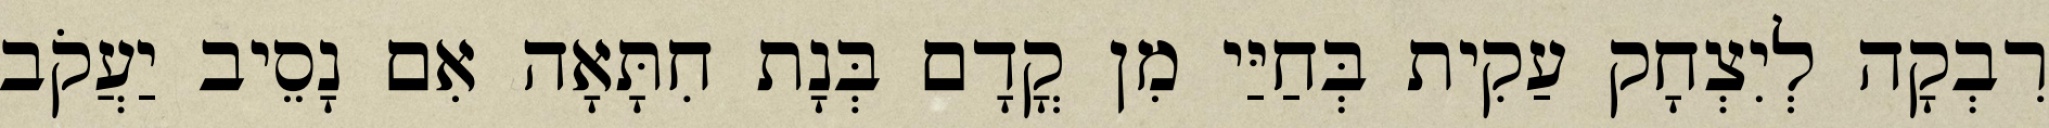
רִבְקָה לְיִצְחָק עַקִית בְּחַיַּי מִן קֳדָם בְּנָת חִתָּאָה אִם נָסֵיב יַעֲקֹב